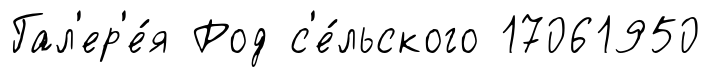
Гал'ер'е́я Род с'е́льского 17061950